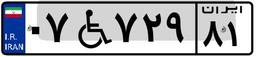
۰۷W۷۲۹۸۱